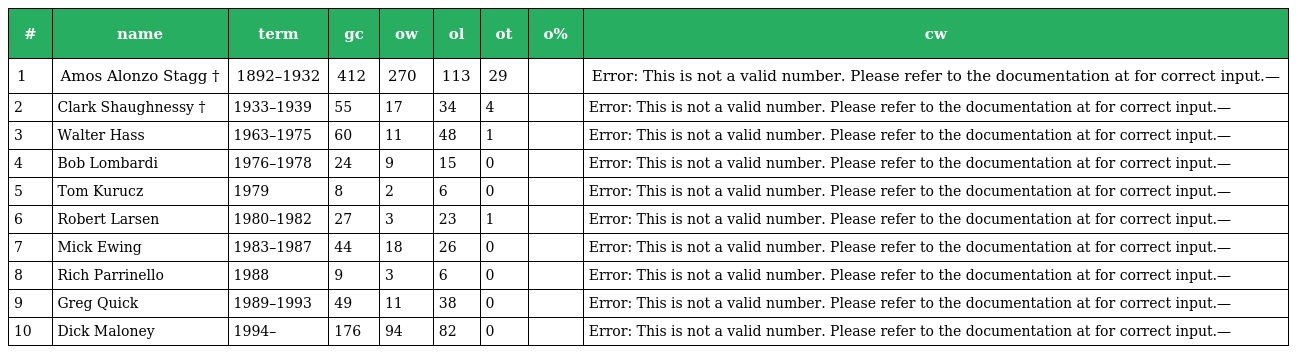
| # | name | term | gc | ow | ol | ot | o% | cw |
 | --- | --- | --- | --- | --- | --- | --- | --- | --- |
 | 1 | Amos Alonzo Stagg † | 1892–1932 | 412 | 270 | 113 | 29 |  | Error: This is not a valid number. Please refer to the documentation at for correct input.— |
 | 2 | Clark Shaughnessy † | 1933–1939 | 55 | 17 | 34 | 4 |  | Error: This is not a valid number. Please refer to the documentation at for correct input.— |
 | 3 | Walter Hass | 1963–1975 | 60 | 11 | 48 | 1 |  | Error: This is not a valid number. Please refer to the documentation at for correct input.— |
 | 4 | Bob Lombardi | 1976–1978 | 24 | 9 | 15 | 0 |  | Error: This is not a valid number. Please refer to the documentation at for correct input.— |
 | 5 | Tom Kurucz | 1979 | 8 | 2 | 6 | 0 |  | Error: This is not a valid number. Please refer to the documentation at for correct input.— |
 | 6 | Robert Larsen | 1980–1982 | 27 | 3 | 23 | 1 |  | Error: This is not a valid number. Please refer to the documentation at for correct input.— |
 | 7 | Mick Ewing | 1983–1987 | 44 | 18 | 26 | 0 |  | Error: This is not a valid number. Please refer to the documentation at for correct input.— |
 | 8 | Rich Parrinello | 1988 | 9 | 3 | 6 | 0 |  | Error: This is not a valid number. Please refer to the documentation at for correct input.— |
 | 9 | Greg Quick | 1989–1993 | 49 | 11 | 38 | 0 |  | Error: This is not a valid number. Please refer to the documentation at for correct input.— |
 | 10 | Dick Maloney | 1994– | 176 | 94 | 82 | 0 |  | Error: This is not a valid number. Please refer to the documentation at for correct input.— |